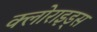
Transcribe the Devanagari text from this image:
क्लोराइड्स